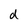
Character: d